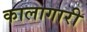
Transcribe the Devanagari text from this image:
कालागारी